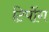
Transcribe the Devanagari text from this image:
टिपोंग